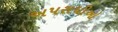
અપરાધીઓ